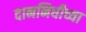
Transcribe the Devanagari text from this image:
दाननिधीच्या